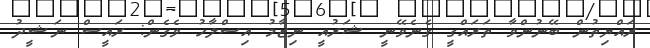
ރައްޔިތުން ބޭނުންވާ ތަރައްގީ ގެނެވޭނީ ޝަރުއީ ނިޒާމު އިސްލާހު ވެގެން: ރައީސް ނަޝީދު